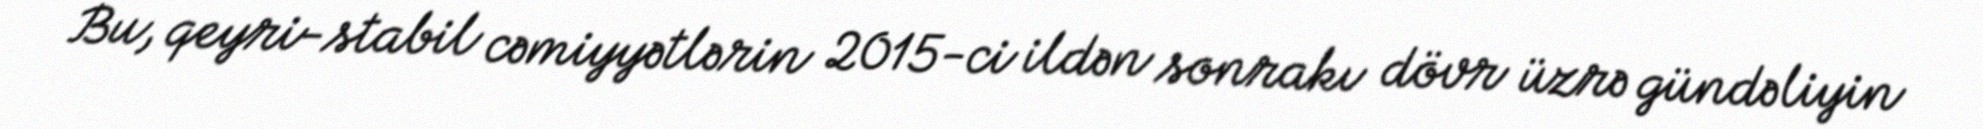
Bu, qeyri-stabil cəmiyyətlərin 2015-ci ildən sonrakı dövr üzrə gündəliyin